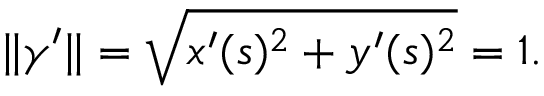
\| { \boldsymbol { \gamma } } ^ { \prime } \| = { \sqrt { x ^ { \prime } ( s ) ^ { 2 } + y ^ { \prime } ( s ) ^ { 2 } } } = 1 .